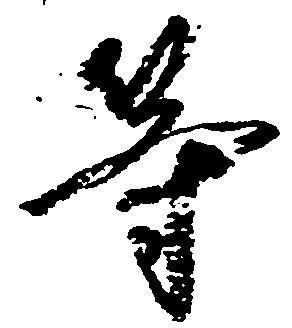
等